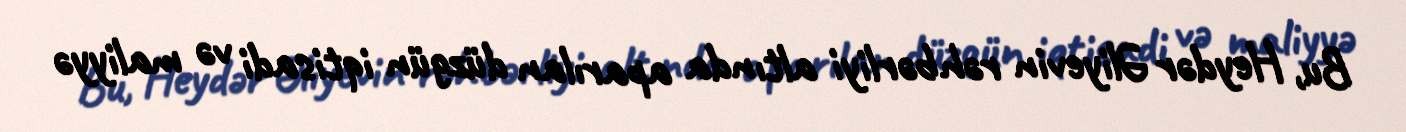
Bu, Heydər Əliyevin rəhbərliyi altında aparılan düzgün iqtisadi və maliyyə